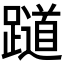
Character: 𬧖